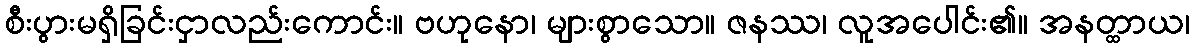
စီးပွားမရှိခြင်းငှာလည်းကောင်း။ ဗဟုနော၊ များစွာသော။ ဇနဿ၊ လူအပေါင်း၏။ အနတ္ထာယ၊